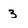
Character: 3